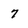
Character: 7